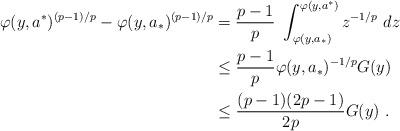
LaTeX: \begin{align*}\varphi(y,a^*)^{(p-1)/p} - \varphi(y,a_*)^{(p-1)/p} & = \frac{p-1}{p}\ \int_{\varphi(y,a_*)}^{\varphi(y,a^*)} z^{-1/p}\ dz \\& \le \frac{p-1}{p} \varphi(y,a_*)^{-1/p} G(y) \\& \le \frac{(p-1)(2p-1)}{2p} G(y)\ .\end{align*}